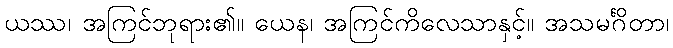
ယဿ၊ အကြင်ဘုရား၏။ ယေန၊ အကြင်ကိလေသာနှင့်။ အသမင်္ဂိတာ၊